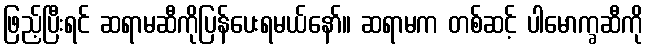
ဖြည့်ပြီးရင် ဆရာမဆီကိုပြန်ပေးရမယ်နော်။ ဆရာမက တစ်ဆင့် ပါမောက္ခဆီကို